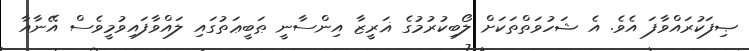
ޞިފަކުރައްވާފަ އެވެ. އެ ޝަހުވަތްތަކަށް ލޯބިކުރުމުގެ ޣަރީޒާ އިންސާނީ ޠަބީޢަތުގައި ލައްވާފައިވުމީވެސް އޭނާއާ